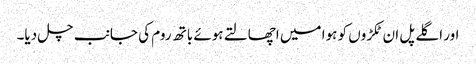
اور اگلے پل ان ٹکڑوں کو ہوا میں اچھالتے ہوئے باتھ روم کی جانب چل دیا۔